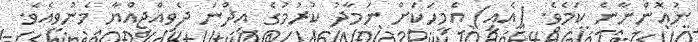
ނުއޮންނާނެ ކަމެވެ. (އެއީ) އެމީހަކަށް ނަމާދު ކުރުމުގެ އިޛްނަ ދެވިއްޖިއްޔާ މެނުވީއެވެ.